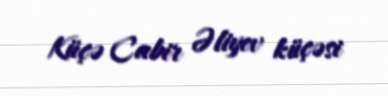
Küçə Cabir Əliyev küçəsi